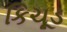
કિચૂડ